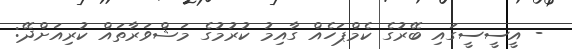
- އީސީސީގައި ބޭރުގެ ކެމްޕަހެއް ގާއިމު ކުރުމުގެ މަޝްވަރާތައް ކުރިއަށްދޭ: